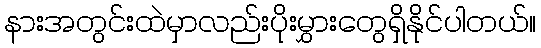
နားအတွင်းထဲမှာလည်းပိုးမွှားတွေရှိနိုင်ပါတယ်။